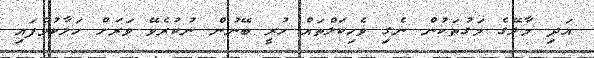
އަދި މާލޭގެ މަގުތަކުން ނެގި ވެހިކަލްތައް ހުރީ ބޭނުން ނުކުރެވޭ ވަރަށް ހަލާކުވެފައި